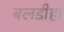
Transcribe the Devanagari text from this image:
बलडीहा